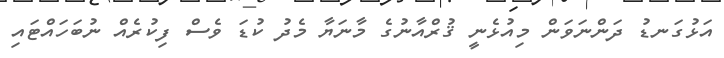
އަޅުގަނޑު ދަންނަވަން މިއުޅެނީ ޤުރްއާނުގެ މާނަޔާ މެދު ކުޑަ ވެސް ފިކުރެއް ނުބަހައްޓައި